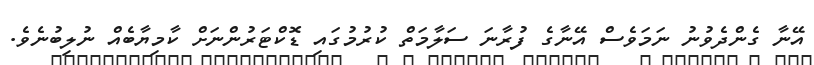
އޭނާ ގެންދެވުނު ނަމަވެސް އޭނާގެ ފުރާނަ ސަލާމަތް ކުރުމުގައި ޑޮކްޓަރުންނަށް ކާމިޔާބެއް ނުލިބުނެވެ.